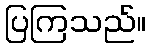
ပြကြသည်။